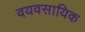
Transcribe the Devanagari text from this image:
वयवसायिक